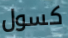
كسول